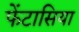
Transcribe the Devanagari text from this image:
फेंटासिया